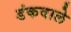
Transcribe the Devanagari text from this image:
डंकवाले